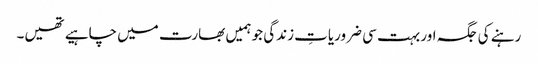
رہنے کی جگہ اور بہت سی ضروریاتِ زندگی جو ہمیں بھارت میں چاہیے تھیں۔